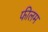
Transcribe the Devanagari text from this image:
फीलम